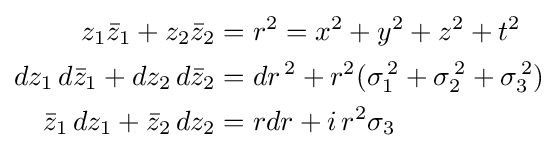
{\begin{aligned}z_{1}{\bar {z}}_{1}+z_{2}{\bar {z}}_{2}&=r^{2}=x^{2}+y^{2}+z^{2}+t^{2}\\dz_{1}\,d{\bar {z}}_{1}+dz_{2}\,d{\bar {z}}_{2}&=dr^{\,2}+r^{2}(\sigma _{1}^{\,2}+\sigma _{2}^{\,2}+\sigma _{3}^{\,2})\\{\bar {z}}_{1}\,dz_{1}+{\bar {z}}_{2}\,dz_{2}&=rdr+i\,r^{2}\sigma _{3}\end{aligned}}